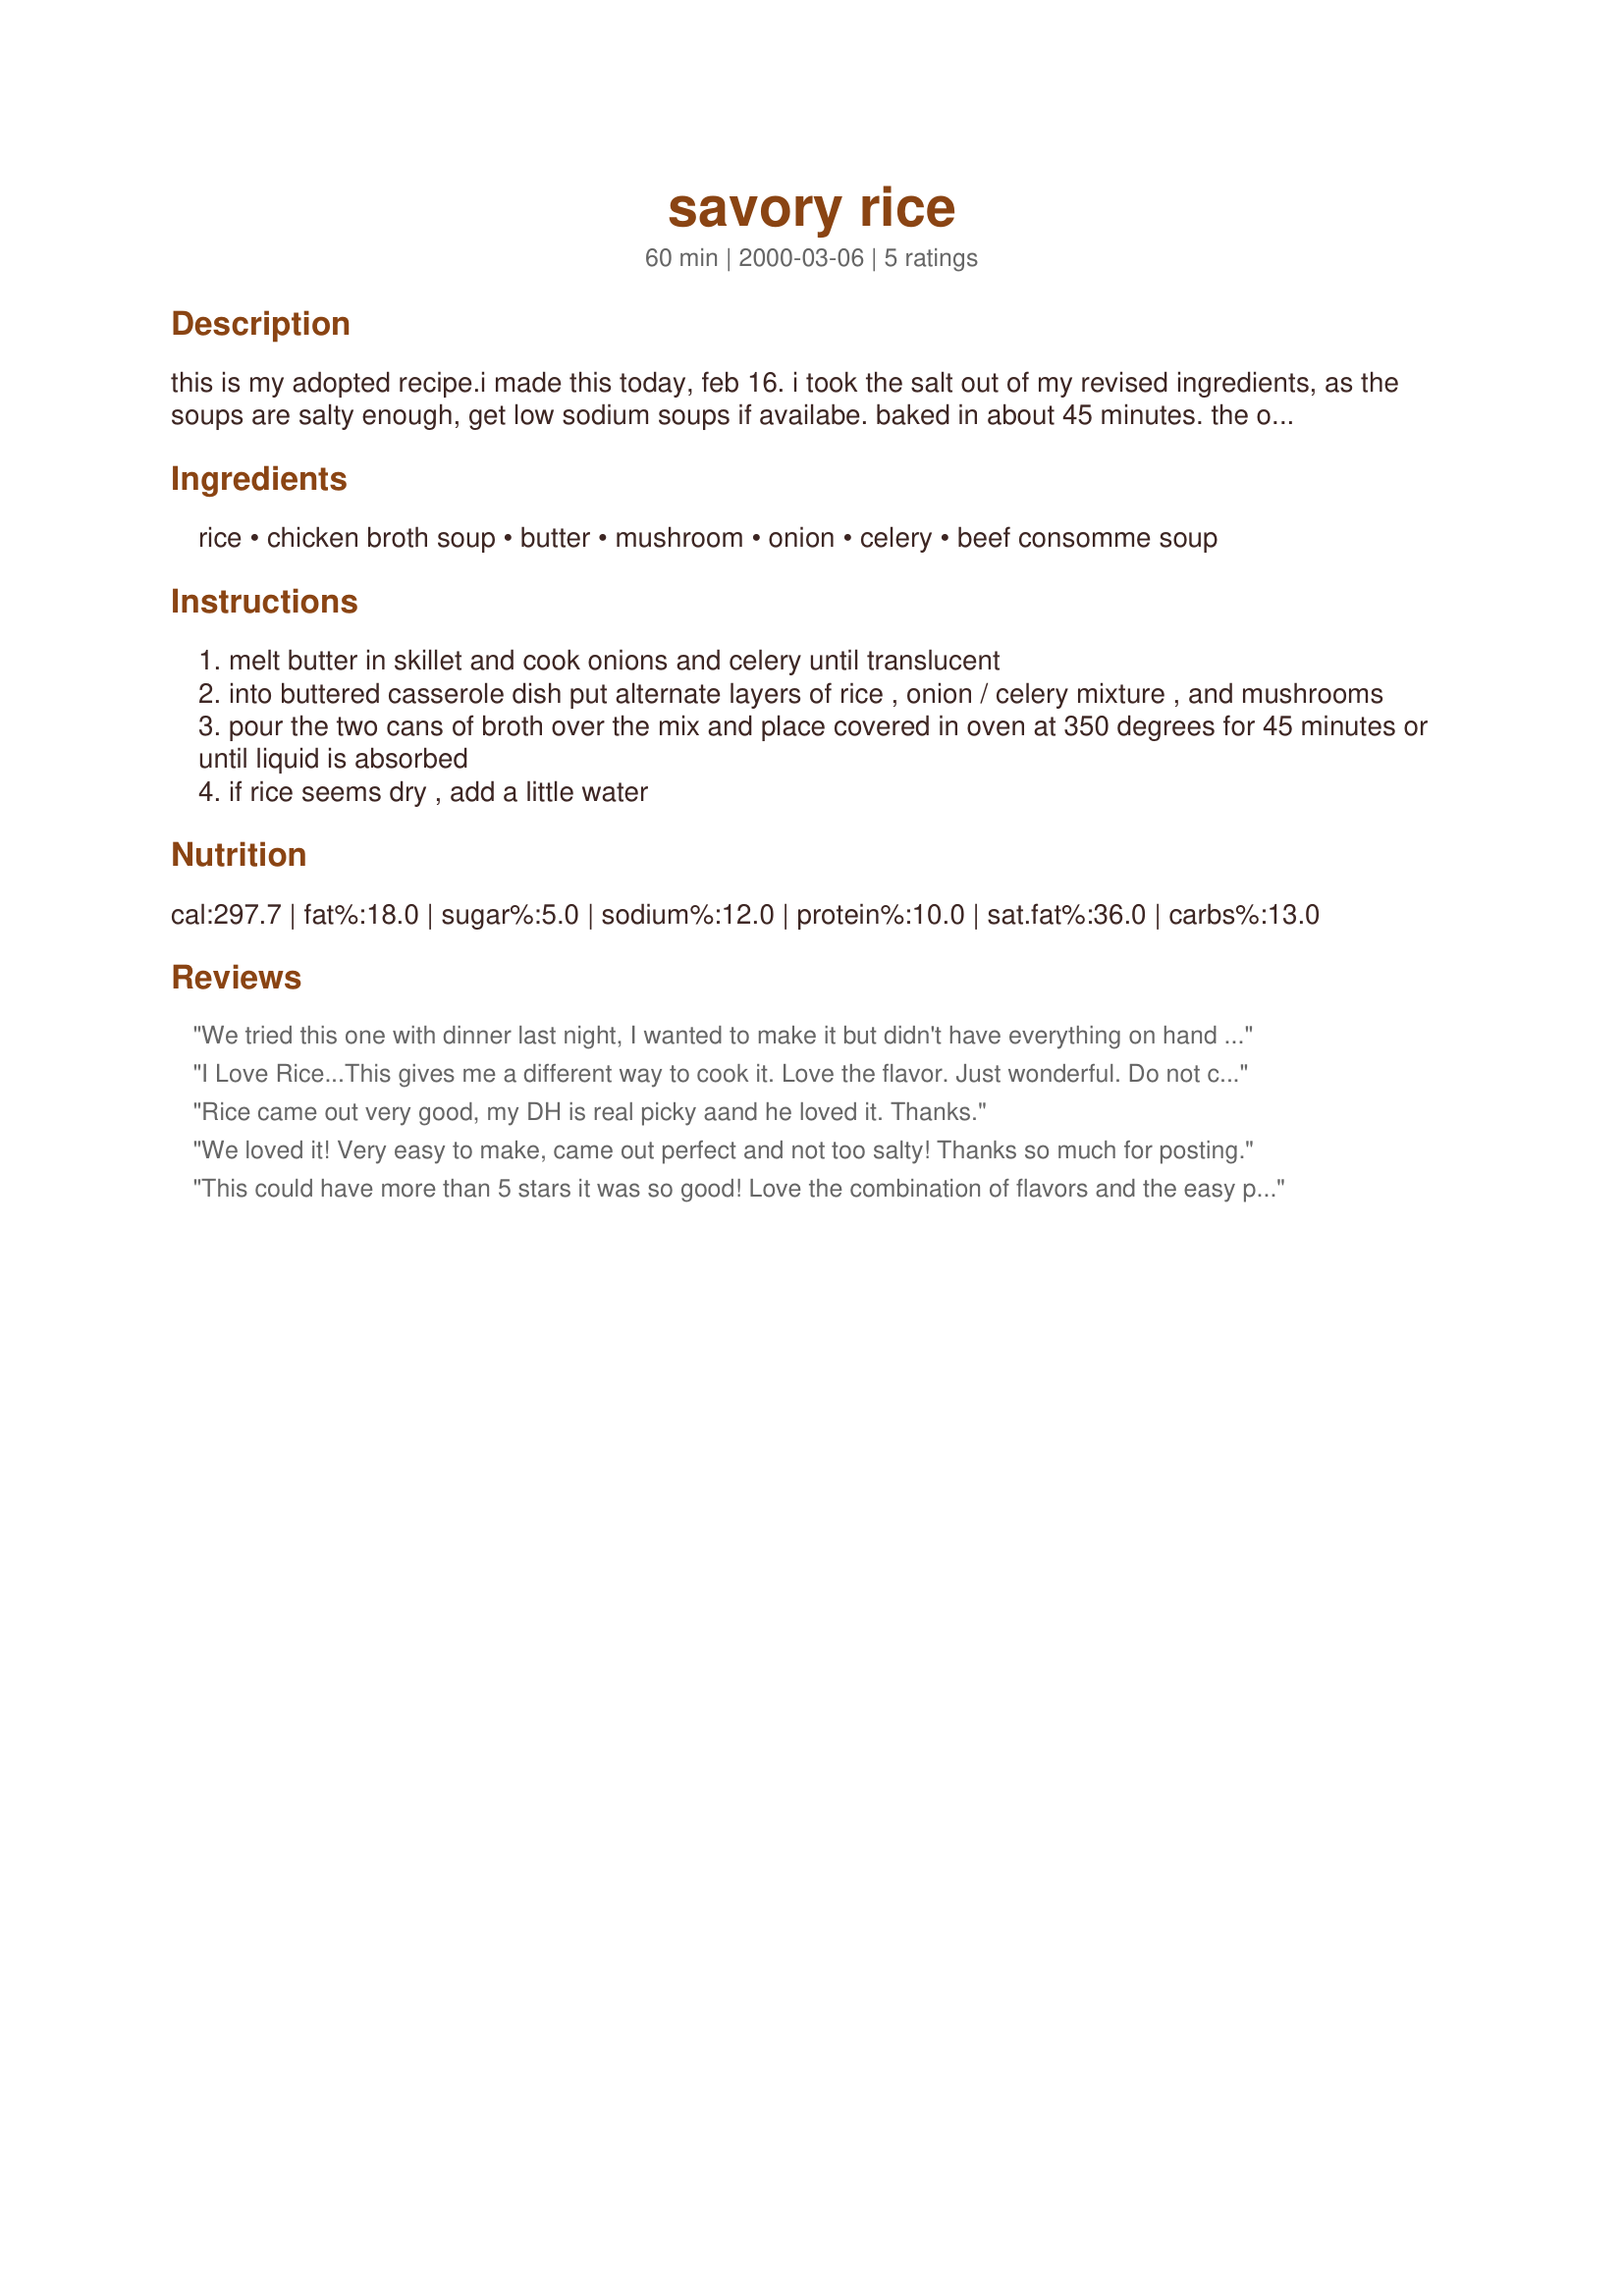
savory rice
Preparation time: 60 minutes

this is my adopted recipe.i made this today, feb 16. i took the salt out of my revised ingredients, as the soups are salty enough, get low sodium soups if availabe. baked in about 45 minutes. the original called for 1/4 pound butter, i changed that to 1/4 cup and that was plenty. very good recipe, nice flavor.

Ingredients:
rice, chicken broth soup, butter, mushroom, onion, celery, beef consomme soup

Steps:
melt butter in skillet and cook onions and celery until translucent
into buttered casserole dish put alternate layers of rice , onion / celery mixture , and mushrooms
pour the two cans of broth over the mix and place covered in oven at 350 degrees for 45 minutes or until liquid is absorbed
if rice seems dry , add a little water

Reviews:
We tried this one with dinner last night, I wanted to make it but didn't have everything on hand so I improvised a little, no mushrooms and because we are vegetarians, I had to use 2 different types of boullion. I used the "beefier" and the "chickener" :-) a t 1/2 of the beef and a cube of the chicken along with 3 cups of water, I assumed a can = 1 1/2 cups. I baked @ 350 for 30 mins covered, it looked like soup still so I got worried, took the lid off and cranked up the oven to 400. Put it back in for probably 15-20 mins more. It turned out PERFECT! It was very nice to make rice from scratch and not one of those little envelopes for a change! My family ALL LOVED it! Thanks!! I forgot once again to take a pic, I will be making it again so hopefully will remember to do it next time!
I Love Rice...This gives me a different way to cook it. Love the flavor. Just wonderful. Do not change anything.
Rice came out very good, my DH is real picky aand he loved it. Thanks.
We loved it! Very easy to make, came out perfect and not too salty! Thanks so much for posting.
This could have more than 5 stars it was so good! Love the combination of flavors and the easy preparation. I uaed a 14 oz can of beef broth, and 8 oz can of chicken broth, cooked 45 minutes and it came out just right! The rice was not dry at all! Wonderful recipe!
